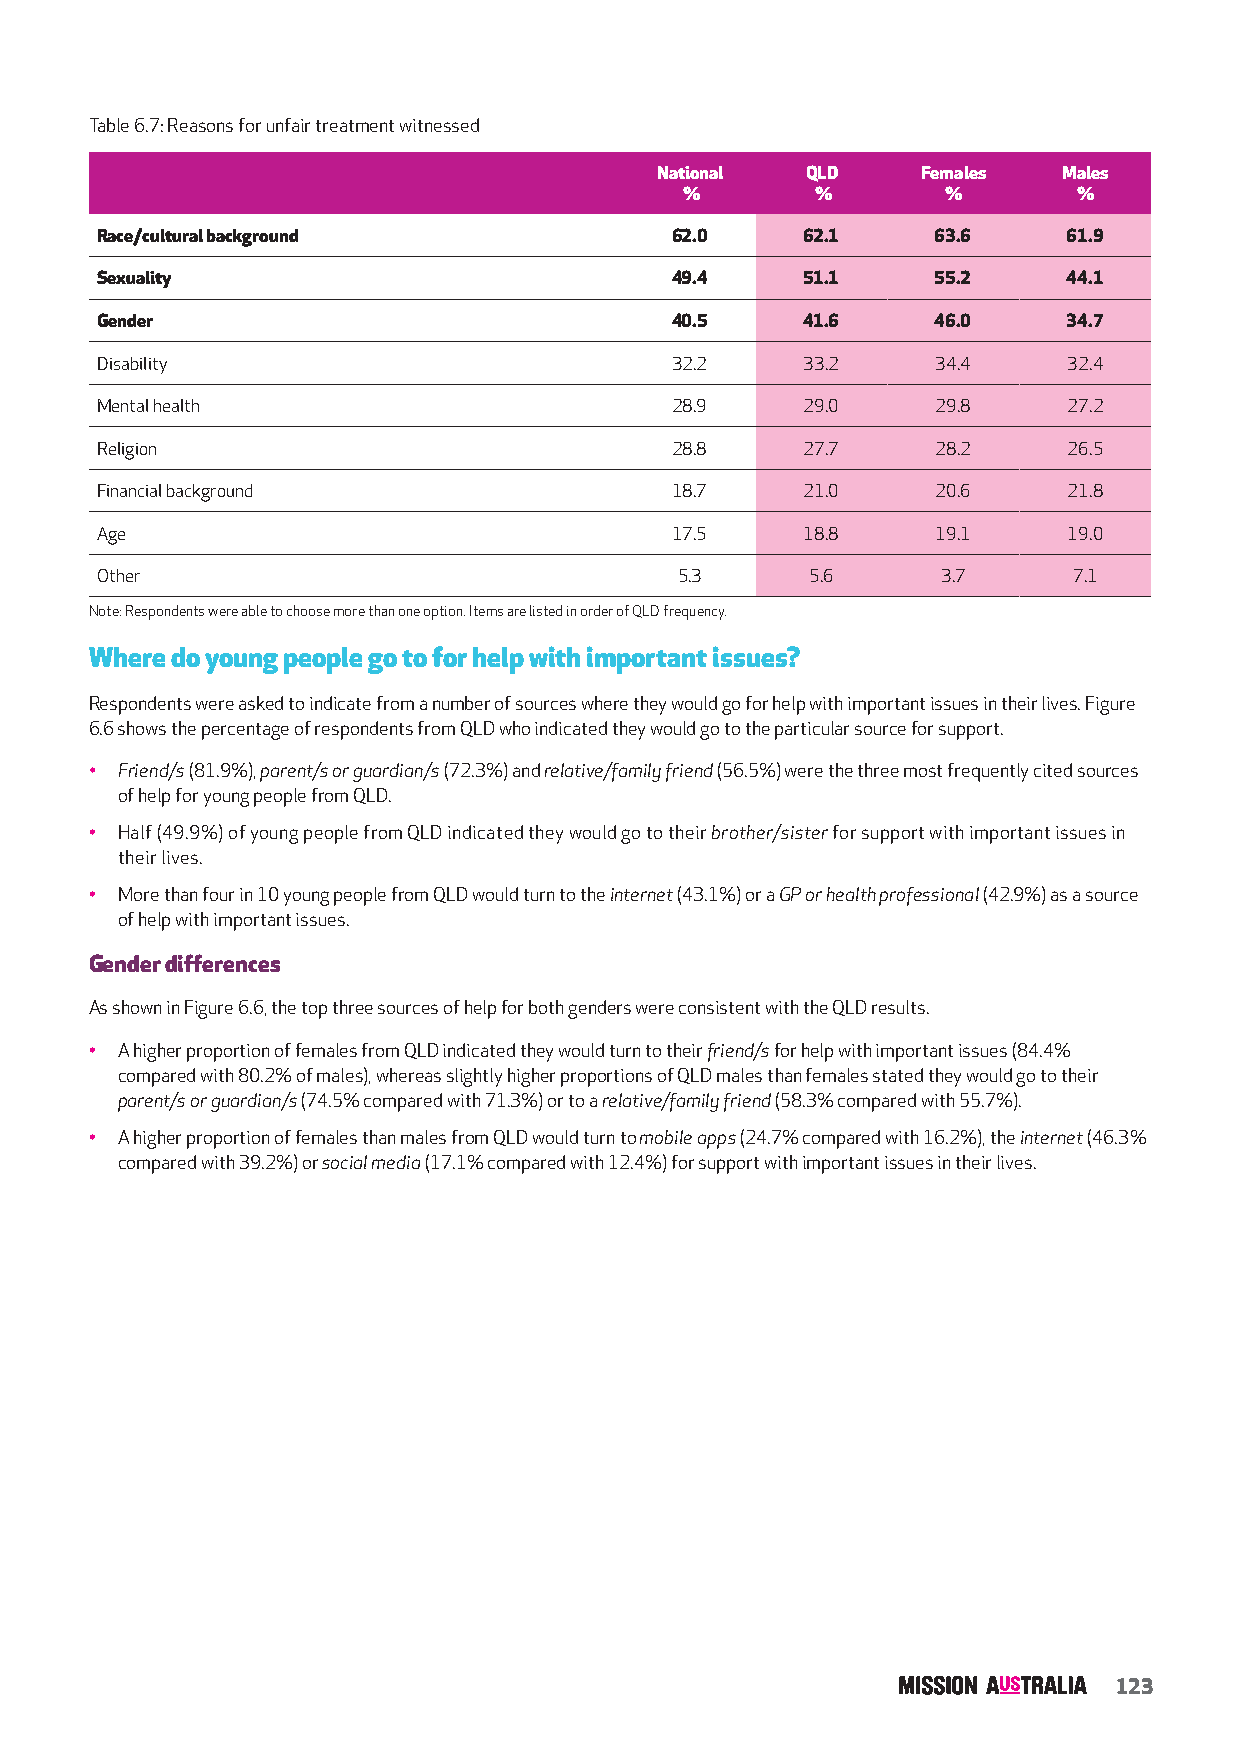
Table 6.7: Reasons for unfair treatment witnessed
 National  QLD     Females  Males
 %        %        %       %
 Race/cultural background              62.0     62.1     63.6     61.9
 Sexuality                             49.4     51.1     55.2     44.1
 Gender                                40.5     41.6     46.0     34.7
 Disability                            32.2     33.2     34.4     32.4
 Mental health                         28.9     29.0     29.8     27.2
 Religion                              28.8     27.7     28.2     26.5
 Financial background                  18.7     21.0     20.6     21.8
 Age                                   17.5     18.8     19.1     19.0
 Other                                  5.3      5.6     3.7      7.1
 Note: Respondents were able to choose more than one option. Items are listed in order of QLD frequency.
 Where do young people go to for help with important issues?
 Respondents were asked to indicate from a number of sources where they would go for help with important issues in their lives. Figure
 6.6 shows the percentage of respondents from QLD who indicated they would go to the particular source for support.
 • Friend/s (81.9%), parent/s or guardian/s (72.3%) and relative/family friend (56.5%) were the three most frequently cited sources
 of help for young people from QLD.
 • Half (49.9%) of young people from QLD indicated they would go to their brother/sister for support with important issues in
 their lives.
 • More than four in 10 young people from QLD would turn to the internet (43.1%) or a GP or health professional (42.9%) as a source
 of help with important issues.
 Gender differences
 As shown in Figure 6.6, the top three sources of help for both genders were consistent with the QLD results.
 • A higher proportion of females from QLD indicated they would turn to their friend/s for help with important issues (84.4%
 compared with 80.2% of males), whereas slightly higher proportions of QLD males than females stated they would go to their
 parent/s or guardian/s (74.5% compared with 71.3%) or to a relative/family friend (58.3% compared with 55.7%).
 • A higher proportion of females than males from QLD would turn to mobile apps (24.7% compared with 16.2%), the internet (46.3%
 compared with 39.2%) or social media (17.1% compared with 12.4%) for support with important issues in their lives.
 123